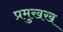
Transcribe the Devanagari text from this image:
प्रमुखख